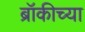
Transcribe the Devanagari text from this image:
ब्रॉकीच्या